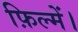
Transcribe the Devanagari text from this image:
फ़िल्में।